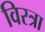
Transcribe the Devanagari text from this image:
विरत्रा